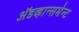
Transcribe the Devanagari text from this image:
अॅडव्हान्समेन्ट